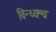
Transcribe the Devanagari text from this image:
विन्ध्यश्च